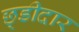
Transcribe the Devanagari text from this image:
छ्डीदार